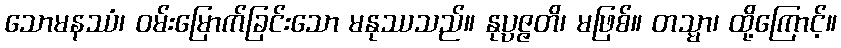
သောမနဿံ၊ ဝမ်းမြောက်ခြင်းသော မနုဿသည်။ နုပ္ပဇ္ဇတိ၊ မဖြစ်။ တသ္မာ၊ ထို့ကြောင့်။